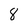
Character: 8